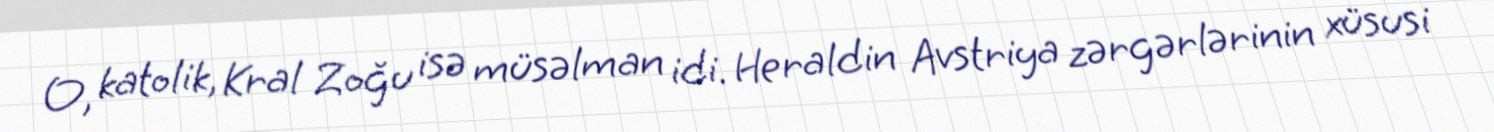
O, katolik, Kral Zoğu isə müsəlman idi. Heraldin Avstriya zərgərlərinin xüsusi